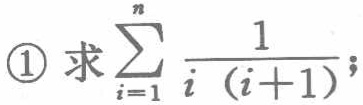
\textcircled{1} 求\(\sum_{i = 1}^{n}\frac{1}{i(i + 1)}\)；